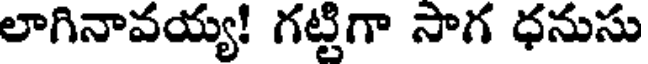
లాగినావయ్య! గట్టిగా సాగ ధనుసు